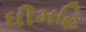
ધીમહિ